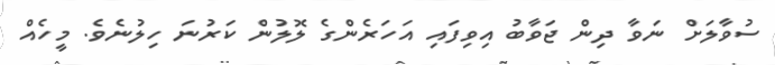
ސުވާލަށް ނަވާ ދިން ޖަވާބު އިވިފައި އަހަރެންގެ ލޮލުން ކަރުނަ ހިލުނެވެ. މީހެއް